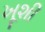
ખૂશી